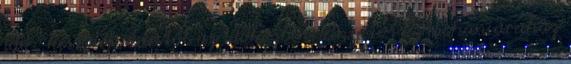
ide , késő délutántól az időközben kinyitott Auchan áruház